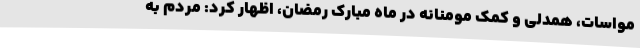
مواسات، همدلی و کمک مومنانه در ماه مبارک رمضان، اظهار کرد: مردم به